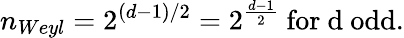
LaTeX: n_{Weyl}=2^{(d-1)/2}=2^{\frac{d-1}{2}}\mathrm{~for~d~odd}.